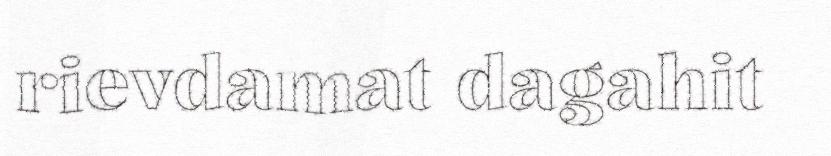
rievdamat dagahit